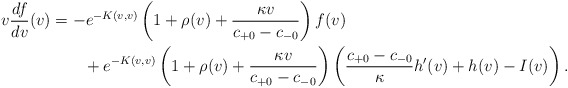
\begin{align*} v\frac{df}{dv}(v)&=-e^{-K(v,v)}\left(1+\rho(v)+\frac{\kappa v}{c_{+0}-c_{-0}}\right)f(v)\\&\qquad+e^{-K(v,v)}\left(1+\rho(v)+\frac{\kappa v}{c_{+0}-c_{-0}}\right)\left(\frac{c_{+0}-c_{-0}}{\kappa}h'(v)+h(v)-I(v)\right).\end{align*}